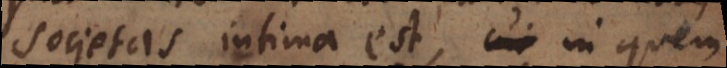
societas intima est, in quem